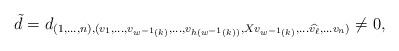
LaTeX: \begin{align*}\tilde{d}=d_{(1,\ldots, n),(v_1, \ldots, v_{w^{-1}(k)},\ldots,v_{h(w^{-1}(k))}, Xv_{w^{-1}(k)},\ldots \widehat{v_{\ell}}, \ldots v_n)}\neq 0,\end{align*}